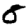
Digit: 8